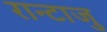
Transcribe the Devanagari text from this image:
रान्टाजु